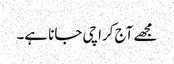
مجھے آج کراچی جانا ہے۔